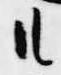
候